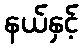
နယ်နှင့်